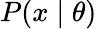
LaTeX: P(x\mid\theta)